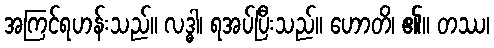
အကြင်ရဟန်းသည်။ လဒ္ဓါ၊ ရအပ်ပြီးသည်။ ဟောတိ၊ ၏။ တဿ၊